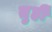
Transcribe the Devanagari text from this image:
तुर्ही